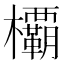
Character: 𣠽